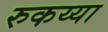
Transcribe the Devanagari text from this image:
रुकय्या